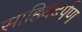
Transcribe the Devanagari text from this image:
साहियदर्पण